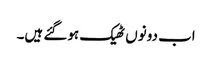
اب دونوں ٹھیک ہوگئے ہیں۔